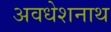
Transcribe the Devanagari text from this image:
अवधेशनाथ